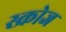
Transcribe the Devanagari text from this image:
स्क्रोज